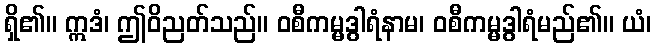
ရှိ၏။ ဣဒံ၊ ဤဝိညတ်သည်။ ဝစီကမ္မဒွါရံနာမ၊ ဝစီကမ္မဒွါရံမည်၏။ ယံ၊